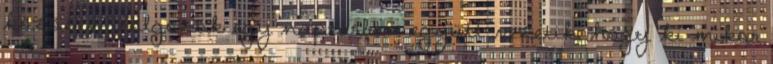
közösen dolgozók egy naptárban együtt vezetik, hogy ki mikor